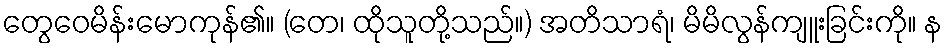
တွေဝေမိန်းမောကုန်၏။ (တေ၊ ထိုသူတို့သည်။) အတိသာရံ၊ မိမိလွန်ကျူးခြင်းကို။ န